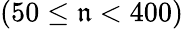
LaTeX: (50\leq\mathfrak{n}<400)